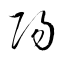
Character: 陽